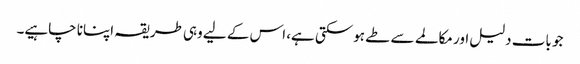
جو بات دلیل اور مکالمے سے طے ہوسکتی ہے، اس کے لیے وہی طریقہ اپنانا چاہیے۔